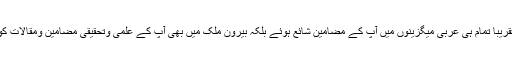
نہ صرف برصغیر سے شائع ہونے والی تقریباً تمام ہی عربی میگزینوں میں آپ کے مضامین شائع ہوئے بلکہ بیرون ملک میں بھی آپ کے علمی وتحقیقی مضامین ومقالات کو بڑی قدر کی نگاہ سے شائع کیا جاتا رہا۔